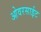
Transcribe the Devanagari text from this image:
ओवरसाईट